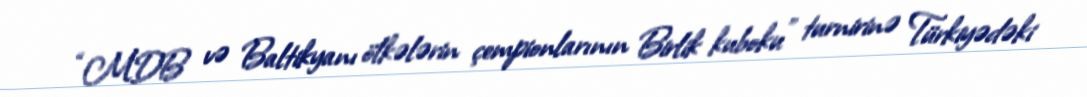
“MDB və Baltikyanı ölkələrin çempionlarının Birlik kuboku” turnirinə Türkiyədəki